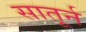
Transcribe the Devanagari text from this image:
सातूर्न